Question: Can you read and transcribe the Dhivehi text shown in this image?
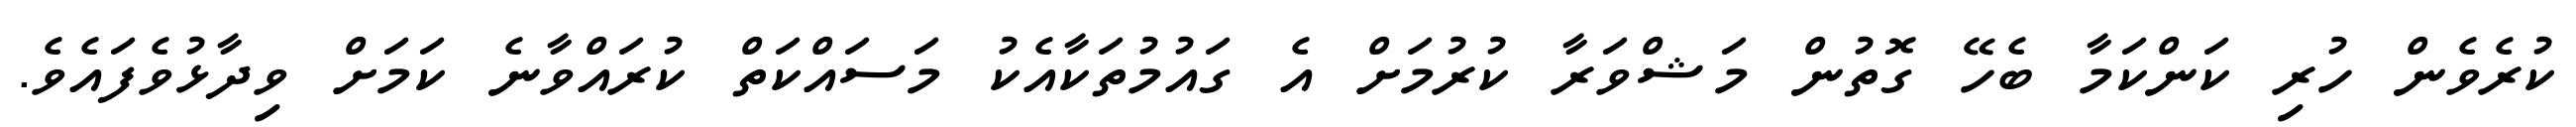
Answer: ކުރެވެން ހުރި ކަންކަމާ ބެހޭ ގޮތުން މަޝްވަރާ ކުރުމަށް އެ ގައުމުތަކާއެކު މަސައްކަތް ކުރައްވާނެ ކަމަށް ވިދާޅުވެފައެވެ.